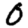
Digit: 0